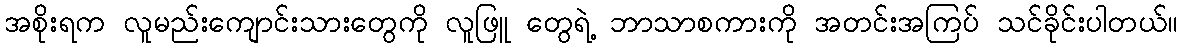
အစိုးရက လူမည်းကျောင်းသားတွေကို လူဖြူ တွေရဲ့ ဘာသာစကားကို အတင်းအကြပ် သင်ခိုင်းပါတယ်။